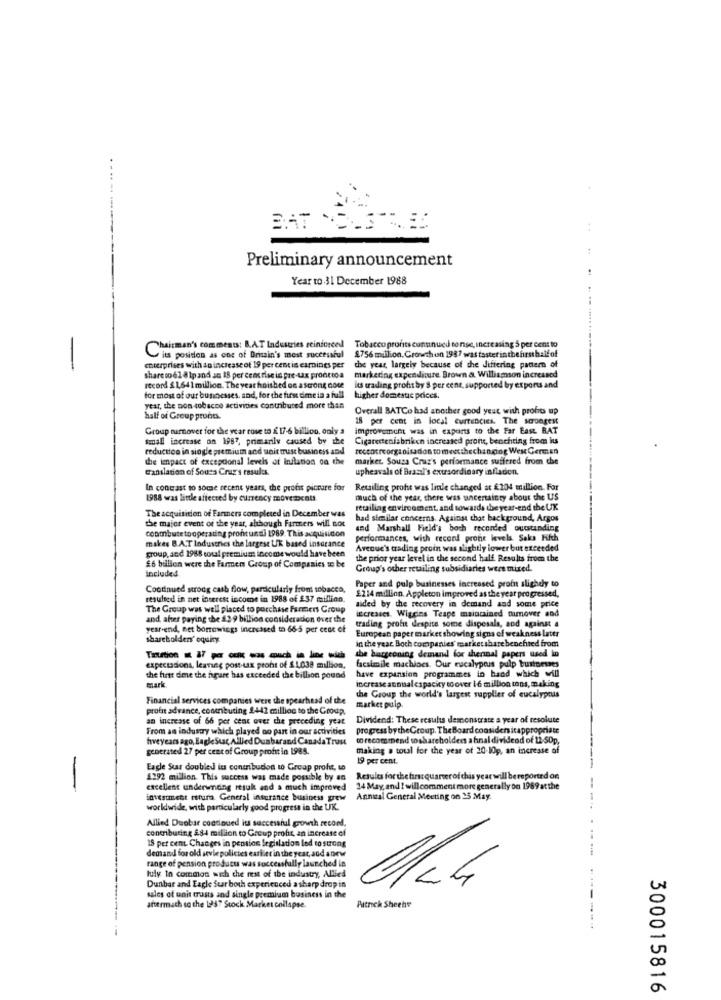
.......
---
Preliminary announcement
Year to.31 December 1988
Chairman's comments: B.A.T Industries reinforced
$756 million. Growthon 1987 was taster inthefirsthalfof
Tobacco profits cununucd conse, increasing 5 per cent to
its position as coc of Britain's most successful
-
enterprises with an increase of 19 per cent is earnings per
che year, largely because of the differing pattern of
share co 61 8lpand so 18 per centrise in pre-tax pronttoa
marketing expenditure. Brown & Williamson increased
record &1,641 million. The year hoished on astrong dote
Its trading proht by S per cent, supported by exports and
for most of our businesses, and, for the first dimeia a full
higher domestic prices.
year, the non-tobacco activities contributed more than
Overall BATCo had another good year with probts up
half of Group prone.
18 per cent in local currencies. The strongest
Group turnover for the year rose to £ 17-6 billion, only a improvement was in exports to the Far East RAT
small increase on 1987, primarily caused by the Cigarestenisbriken increased prons, benchting from its
reduction in siogle premium and unit trust business and
toccorreorganisadon to meetthechanging West German
the impact of excepcional levels of inflation on the
market. Souza Cruz's performance suffered from che
Translation of Sousa Cruz's rasulos.
upheavals of Braal's extraordinary inflation.
In contrast to some recent years, the profis picture for
Retailing profit was linle changed at £104 million. For
1988 was little affected by currency movements.
much of the year, there was uncertainty about the US
The acquisition of Farmers completed in December was
retailiag environment, and towards the year-end the UK
the major event of the year, although Farmers will not
had similar concerns. Against that background, Argos
contributetooperating prontunti 1989. This acquisidion
and Marshall Field's boch recorded outstanding
makes B.A.T Industries the largest UK based insurance
performances, with record prone levels. Saks Fifth
Avenue's trading proin was slightly lower but exceeded
group, and 1988 could premiums income would have been
the prior year level in the second half Results from the
£6 billion were the Farmen Group of Companies to be
included
Group's other retailing subsidiaries were mixed.
Continued strong cash flow, particularly from tobacco,
Paper and pulp businesses increased profu slightly to
resulted in net interest income in 1988 of 237 million.
£214 million. Appleton improved as the year progressed,
The Group was well placed to porchase Farmers Group
aided by the recovery in demand and some price
increases. Wiggins Teape maintained tumover and
and after paying the 229 billion consideration over the
year-end, net borrowings increased to 665 per cent of
trading profit despite some disposals, and against a
European paper market showing signs of weakness later
shareholden' equity
in the year Both companies' market share benchted from
the burgeoning demand for chennal papers used in
facsimile machines. Our eucalyptus pulp bustoesses
expectssions, leaneg postux proht of $ 1038 million,
have expansion programmes in band which will
the first dime the heure has exceeded the billion pound
increase annualcapacity to over 1 6 million tons, making
mark.
Financial services companies were the spearhead of the
the Group the world's largest supplier of eucalyptus
profit advance, conmbuting 2442 million to the Group,
market puip.
an increase of 66 per cent over the preceding yeat
Dividend: These results demonstrate a year of resolute
From an industry which played no part in our activities
progress by theGroup. TheBoard considers itappropriate
fiveyears ago, EagleStat Allied Duabarand CanadaTrust
to recommend toshareholders a hnal dividend of 12-50p,
generated 27 per centof Group profit in 1988.
making a toul for the year of 20-10p, an increase of
19 per cent.
Eagle Suur doubled its contribudon t Group profit, to
1292 million. This success was made possible by an
Results for thefirstquarterofthis yearwill bereported on
-
excellent underinting resuk and a much improved
34 May, and I willcomment more generally on 1989 atthe
--
intesunent retura General insurance business grew
Annual General Meeting on 25 May.
worldwide, with particularly good progress in the UK.
Allied Duobar consoued its successful growth record.
contributing &84 million to Group profit, an increase of
15 per cent. Changes in pension legislation led to strong
demand forold style policies earlier in the year, and anew
range of pension products was successfully launched in
luly in common with the rest of the industry, Allied
Dunbar and Eagle Star both experienced asharp drop in
sales of unit trusts and single premium business in the
aftermath so the 1'S? Stock Market collapse.
Artnick Sheehe
0
a
300015816